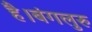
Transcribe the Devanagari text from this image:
है।बंगलुरु